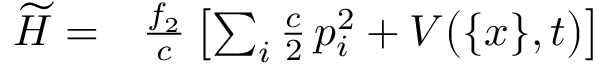
\begin{array} { r l } { \widetilde { H } = } & { { } \frac { f _ { 2 } } { c } \left[ \sum _ { i } \frac { c } { 2 } \, p _ { i } ^ { 2 } + V \big ( \{ x \} , t \big ) \right] } \end{array}